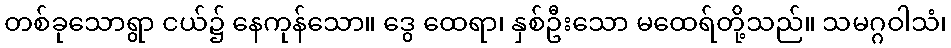
တစ်ခုသောရွာ ငယ်၌ နေကုန်သော။ ဒွေ ထေရာ၊ နှစ်ဦးသော မထေရ်တို့သည်။ သမဂ္ဂဝါသံ၊